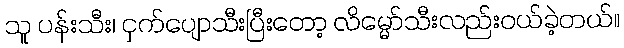
သူ ပန်းသီး၊ ငှက်ပျောသီးပြီးတော့ လိမ္မော်သီးလည်းဝယ်ခဲ့တယ်။